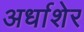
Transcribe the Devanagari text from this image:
अर्धाशेर